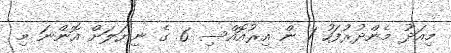
މިއަދު މެންދުރުފަހު 1 ން އިރުއޮއްސި 6 ގެ ނިޔަލަށް އޮންނަ މި